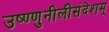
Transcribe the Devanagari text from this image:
उष्ण्णुनीलीसंदेशम्